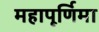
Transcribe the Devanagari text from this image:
महापूर्णिमा